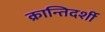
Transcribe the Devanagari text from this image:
क्रान्तिदर्शी